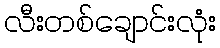
လီးတစ်ချောင်းလုံး